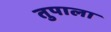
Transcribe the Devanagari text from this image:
तुपाला